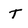
Character: T